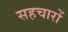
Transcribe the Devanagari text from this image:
सहचारों